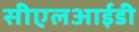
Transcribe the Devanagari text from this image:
सीएलआईडी